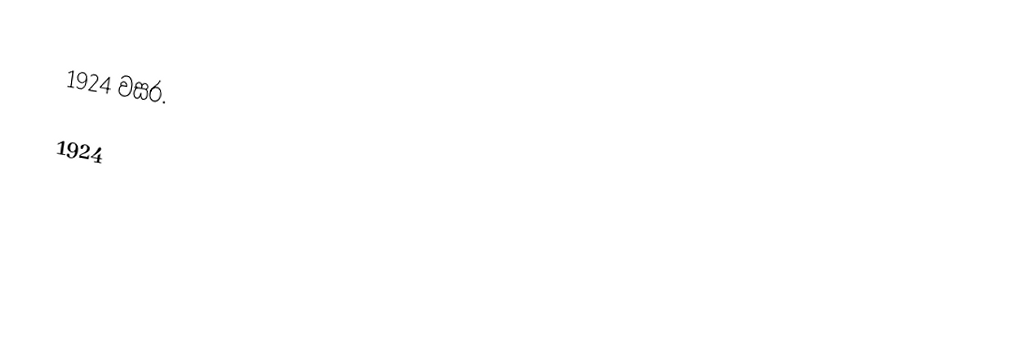
1924 වසර.

1924